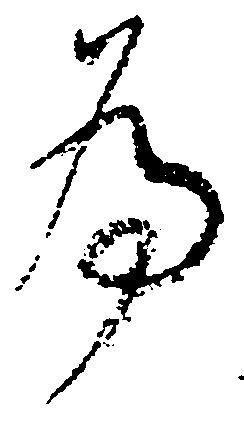
為